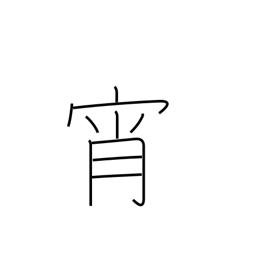
Meaning: evening